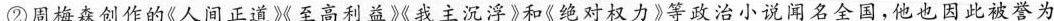
②周梅森创作的《人间正道》至高利益》《我主沉浮》和《绝对权力》等政治小说闻名全国，他也因此被誉为